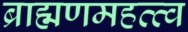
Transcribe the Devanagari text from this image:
ब्राह्मणमहत्त्व